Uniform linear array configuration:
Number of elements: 12
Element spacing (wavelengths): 0.75
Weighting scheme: kaiser
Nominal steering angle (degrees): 0
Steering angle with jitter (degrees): -1.775
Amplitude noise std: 0.05
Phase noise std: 0.05

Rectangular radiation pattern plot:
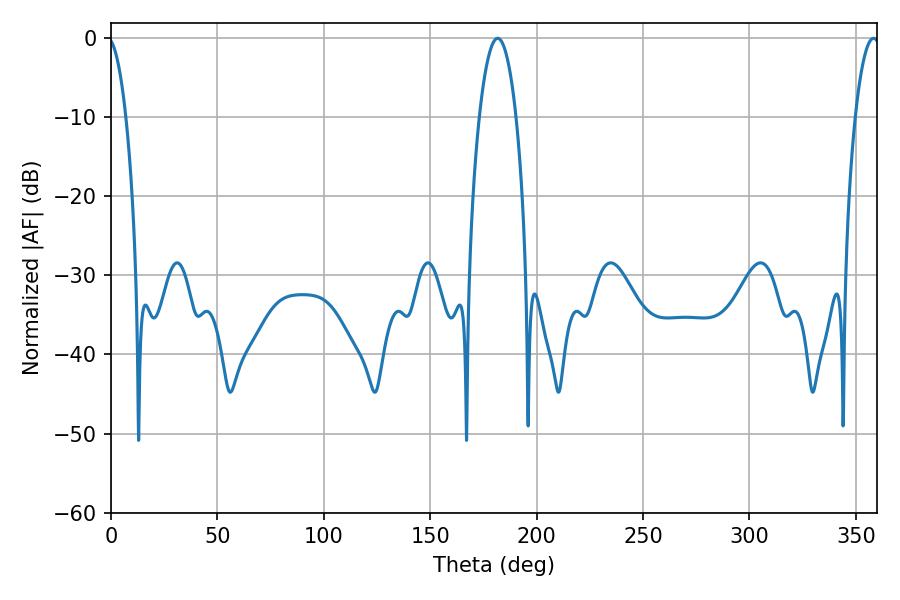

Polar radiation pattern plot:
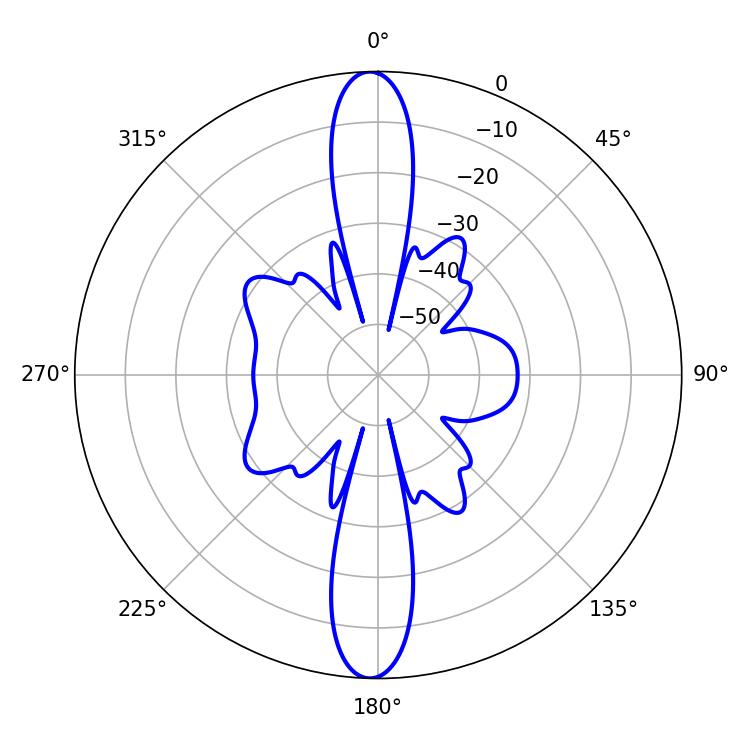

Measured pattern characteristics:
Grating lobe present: TRUE
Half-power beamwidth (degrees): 9.54
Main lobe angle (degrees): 181.62